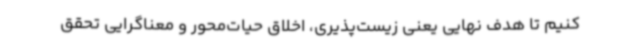
کنیم تا هدف نهایی یعنی زیست‌پذیری، اخلاق حیات‌محور و معناگرایی تحقق